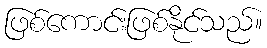
ဖြစ်ကောင်းဖြစ်နိုင်သည်။